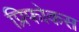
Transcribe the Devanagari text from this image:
प्रिफोकस